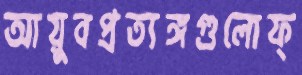
আয়ুবপ্রত্যঙ্গগুলোফ্